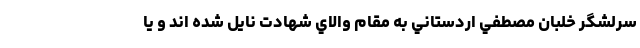
سرلشگر خلبان مصطفي اردستاني به مقام والاي شهادت نايل شده اند و يا